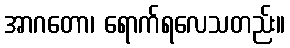
အာဂတော၊ ရောက်ရလေသတည်း။